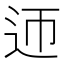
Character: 迊